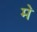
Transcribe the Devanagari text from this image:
म॓